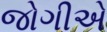
જોગીએ